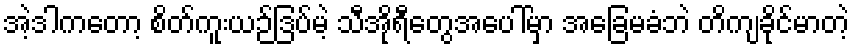
အဲ့ဒါကတော့ စိတ်ကူးယဉ်ဒြပ်မဲ့ သီအိုရီတွေအပေါ်မှာ အခြေမခံဘဲ တိကျခိုင်မာတဲ့